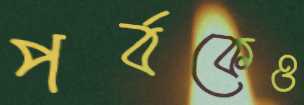
পর্বকেও